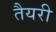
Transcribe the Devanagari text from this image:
तैयरी